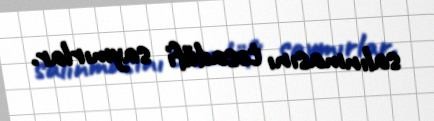
salınmasını təsadüfi saymırlar.